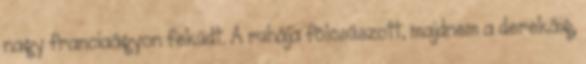
nagy franciaágyon feküdt. A ruhája fölcsúszott, majdnem a derekáig,